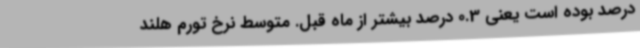
درصد بوده است یعنی 0.3 درصد بیشتر از ماه قبل. متوسط نرخ تورم هلند